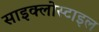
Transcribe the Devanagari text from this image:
साइक्लोस्टाइल